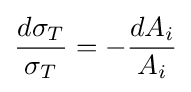
{\frac {d\sigma _{T}}{\sigma _{T}}}=-{\frac {dA_{i}}{A_{i}}}